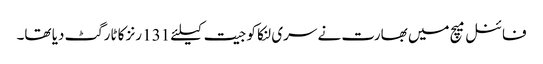
فائنل میچ میں بھارت نے سری لنکا کو جیت کیلئے 131 رنز کا ٹارگٹ دیا تھا۔